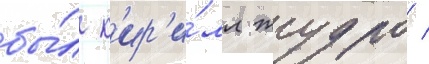
бы́л к'ир'и́лл жудро /